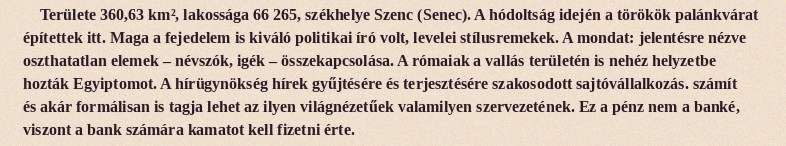
Területe 360,63 km², lakossága 66 265, székhelye Szenc (Senec). A hódoltság idején a törökök palánkvárat építettek itt. Maga a fejedelem is kiváló politikai író volt, levelei stílusremekek. A mondat: jelentésre nézve oszthatatlan elemek – névszók, igék – összekapcsolása. A rómaiak a vallás területén is nehéz helyzetbe hozták Egyiptomot. A hírügynökség hírek gyűjtésére és terjesztésére szakosodott sajtóvállalkozás. számít és akár formálisan is tagja lehet az ilyen világnézetűek valamilyen szervezetének. Ez a pénz nem a banké, viszont a bank számára kamatot kell fizetni érte.